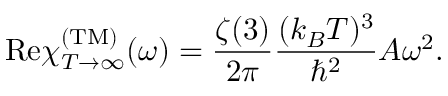
\mathrm { R e } \chi _ { T \rightarrow \infty } ^ { \mathrm { ( T M ) } } ( \omega ) = { \frac { \zeta ( 3 ) } { 2 \pi } } { \frac { ( k _ { B } T ) ^ { 3 } } { \hbar ^ { 2 } } } A \omega ^ { 2 } .